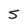
Character: S